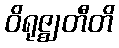
ဝိရုဇ္ဈတီတိ